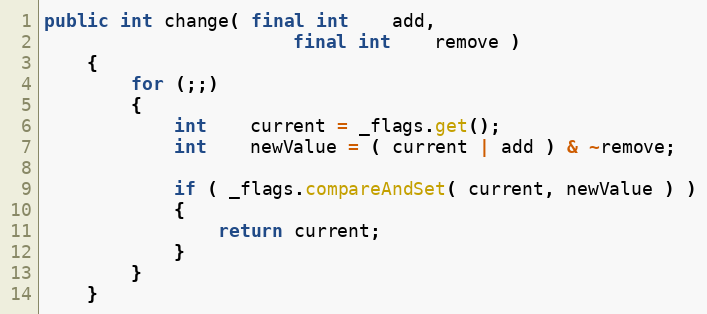
Language: Java
public int change( final int    add,
                       final int    remove )
    {
        for (;;)
        {
            int    current = _flags.get();
            int    newValue = ( current | add ) & ~remove;

            if ( _flags.compareAndSet( current, newValue ) )
            {
                return current;
            }
        }
    }